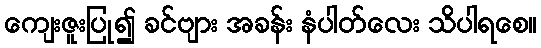
ကျေးဇူးပြု၍ ခင်ဗျား အခန်း နံပါတ်လေး သိပါရစေ။